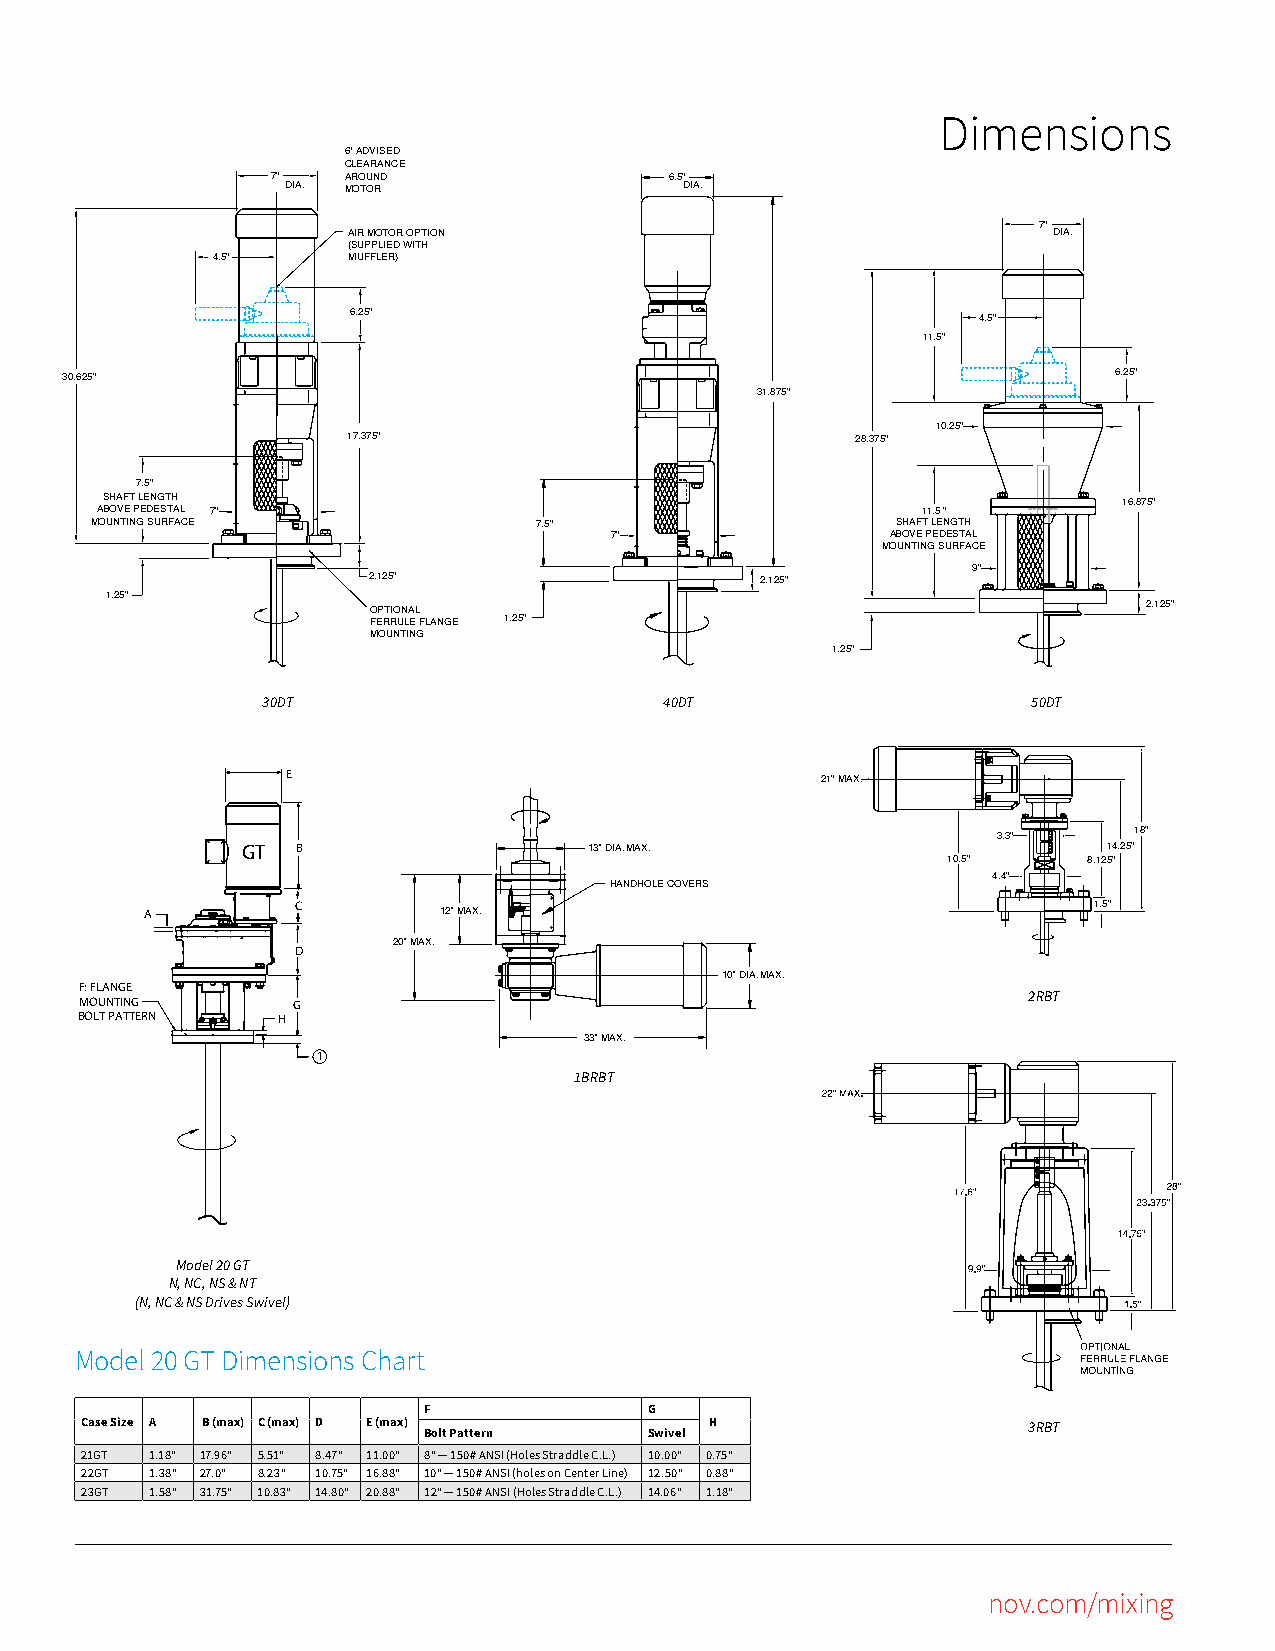
Dimensions
 6" ADVISED
 CLEARANCE
 7"   AROUND               6.5"
 DIA. MOTOR                DIA.
 7"
 AIR MOTOR OPTION                               DIA.
 (SUPPLIED WITH
 4.5"     MUFFLER)
 6.25"                                     4.5"
 11.5"
 30.625"                                                               6.25"
 31.875"
 10.25"
 17.375"                           28.375"
 7.5"
 SHAFT LENGTH                                                       16.875"
 ABOVE PEDESTAL 7"                                      11.5 "
 MOUNTING SURFACE             7.5"                    SHAFT LENGTH
 7"                 ABOVE PEDESTAL
 MOUNTING SURFACE
 9"
 2.125"                    2.125"
 1.25"
 OPTIONAL                                           2.125"
 FERRULE FLANGE 1.25"
 MOUNTING
 1.25"
 30DT                       40DT                    50DT
 E
 21" MAX.
 3.3"     18"
 GT  B                  13" DIA. MAX.                     14.25"
 10.5"    8.125"
 HANDHOLE COVERS           4.4"
 A         C        12" MAX.                                   1.5"
 20" MAX.
 D
 10" DIA. MAX.
 F: FLANGE
 MOUNTING      G                                                2RBT
 BOLT PATTERN H
 33" MAX.
 1
 1BRBT
 Model 20 GT
 N, NC, NS & NT
 (N, NC & NS Drives Swivel)
 Model 20 GT Dimensions Chart
 F              G
 Case Size A B (max) C (max) D E (max)     H                    3RBT
 Bolt Pattern   Swivel
 21GT 1.18" 17.96" 5.51" 8.47" 11.00" 8" — 150# ANSI (Holes Straddle C.L.) 10.00" 0.75"
 22GT 1.38" 27.0" 8.23" 10.75" 16.88" 10" — 150# ANSI (holes on Center Line) 12.50" 0.88"
 23GT 1.58" 31.75" 10.83" 14.80" 20.88" 12" — 150# ANSI (Holes Straddle C.L.) 14.06" 1.18"
 nov.com/mixing